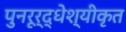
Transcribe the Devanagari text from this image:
पुनरूर्द्धेश्यीकृत